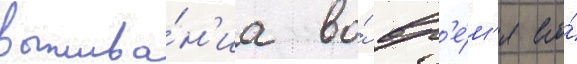
выжива́н'иа во́ вр'е́м'я его́